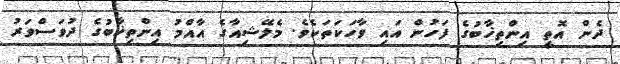
ދެން އޮތީ އިންތިޚާބުގެ ފަހުން އައި ވާހަކަތަކެވެ. މެލޭޝިއާގެ އާއްމު އިންތިޚާބުގެ ދުވަސްވަރު